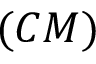
( C M )